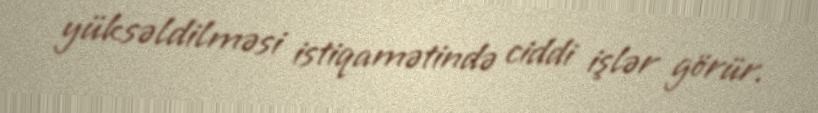
yüksəldilməsi istiqamətində ciddi işlər görür.